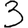
Digit: 3